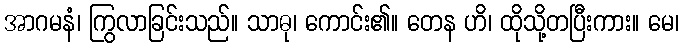
အာဂမနံ၊ ကြွလာခြင်းသည်။ သာဓု၊ ကောင်း၏။ တေန ဟိ၊ ထိုသို့တပြီးကား။ မေ၊